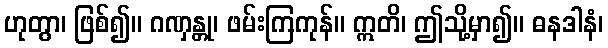
ဟုတွာ၊ ဖြစ်၍။ ဂဏှန္တု၊ ဖမ်းကြကုန်။ ဣတိ၊ ဤသို့မှာ၍။ ဓနဒါနံ၊